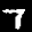
Label: 7